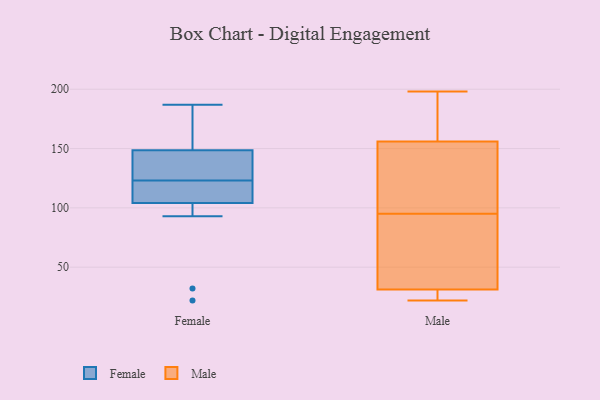
{"axis": {"x": "Gross Profit (USD K)", "y": "Value"}, "legend": ["Female", "Male"], "data": [{"x": "", "y": 93, "type": "Female"}, {"x": "", "y": 121, "type": "Female"}, {"x": "", "y": 123, "type": "Female"}, {"x": "", "y": 32, "type": "Female"}, {"x": "", "y": 178, "type": "Female"}, {"x": "", "y": 123, "type": "Female"}, {"x": "", "y": 160, "type": "Female"}, {"x": "", "y": 129, "type": "Female"}, {"x": "", "y": 137, "type": "Female"}, {"x": "", "y": 22, "type": "Female"}, {"x": "", "y": 115, "type": "Female"}, {"x": "", "y": 187, "type": "Female"}, {"x": "", "y": 75, "type": "Male"}, {"x": "", "y": 95, "type": "Male"}, {"x": "", "y": 25, "type": "Male"}, {"x": "", "y": 22, "type": "Male"}, {"x": "", "y": 153, "type": "Male"}, {"x": "", "y": 110, "type": "Male"}, {"x": "", "y": 24, "type": "Male"}, {"x": "", "y": 101, "type": "Male"}, {"x": "", "y": 157, "type": "Male"}, {"x": "", "y": 198, "type": "Male"}, {"x": "", "y": 32, "type": "Male"}, {"x": "", "y": 31, "type": "Male"}, {"x": "", "y": 190, "type": "Male"}, {"x": "", "y": 186, "type": "Male"}, {"x": "", "y": 60, "type": "Male"}]}